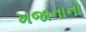
ખજાનાનો